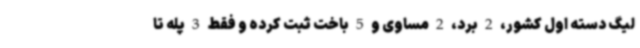
لیگ دسته اول کشور، 2 برد، 2 مساوی و 5 باخت ثبت کرده و فقط 3 پله تا